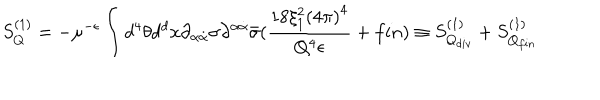
S _ { Q } ^ { ( 1 ) } = - \mu ^ { - \epsilon } \int d ^ { 4 } \theta d ^ { d } x \partial _ { \alpha \dot { \alpha } } \sigma \partial ^ { \alpha \dot { \alpha } } \bar { \sigma } ( \frac { 1 8 \xi _ { 1 } ^ { 2 } { ( 4 \pi ) } ^ { 4 } } { Q ^ { 4 } \epsilon } + f i n ) \equiv S _ { Q _ { d i v } } ^ { ( 1 ) } + S _ { Q _ { f i n } } ^ { ( 1 ) }